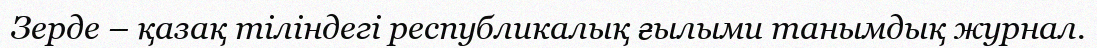
Зерде – қазақ тіліндегі республикалық ғылыми танымдық журнал.